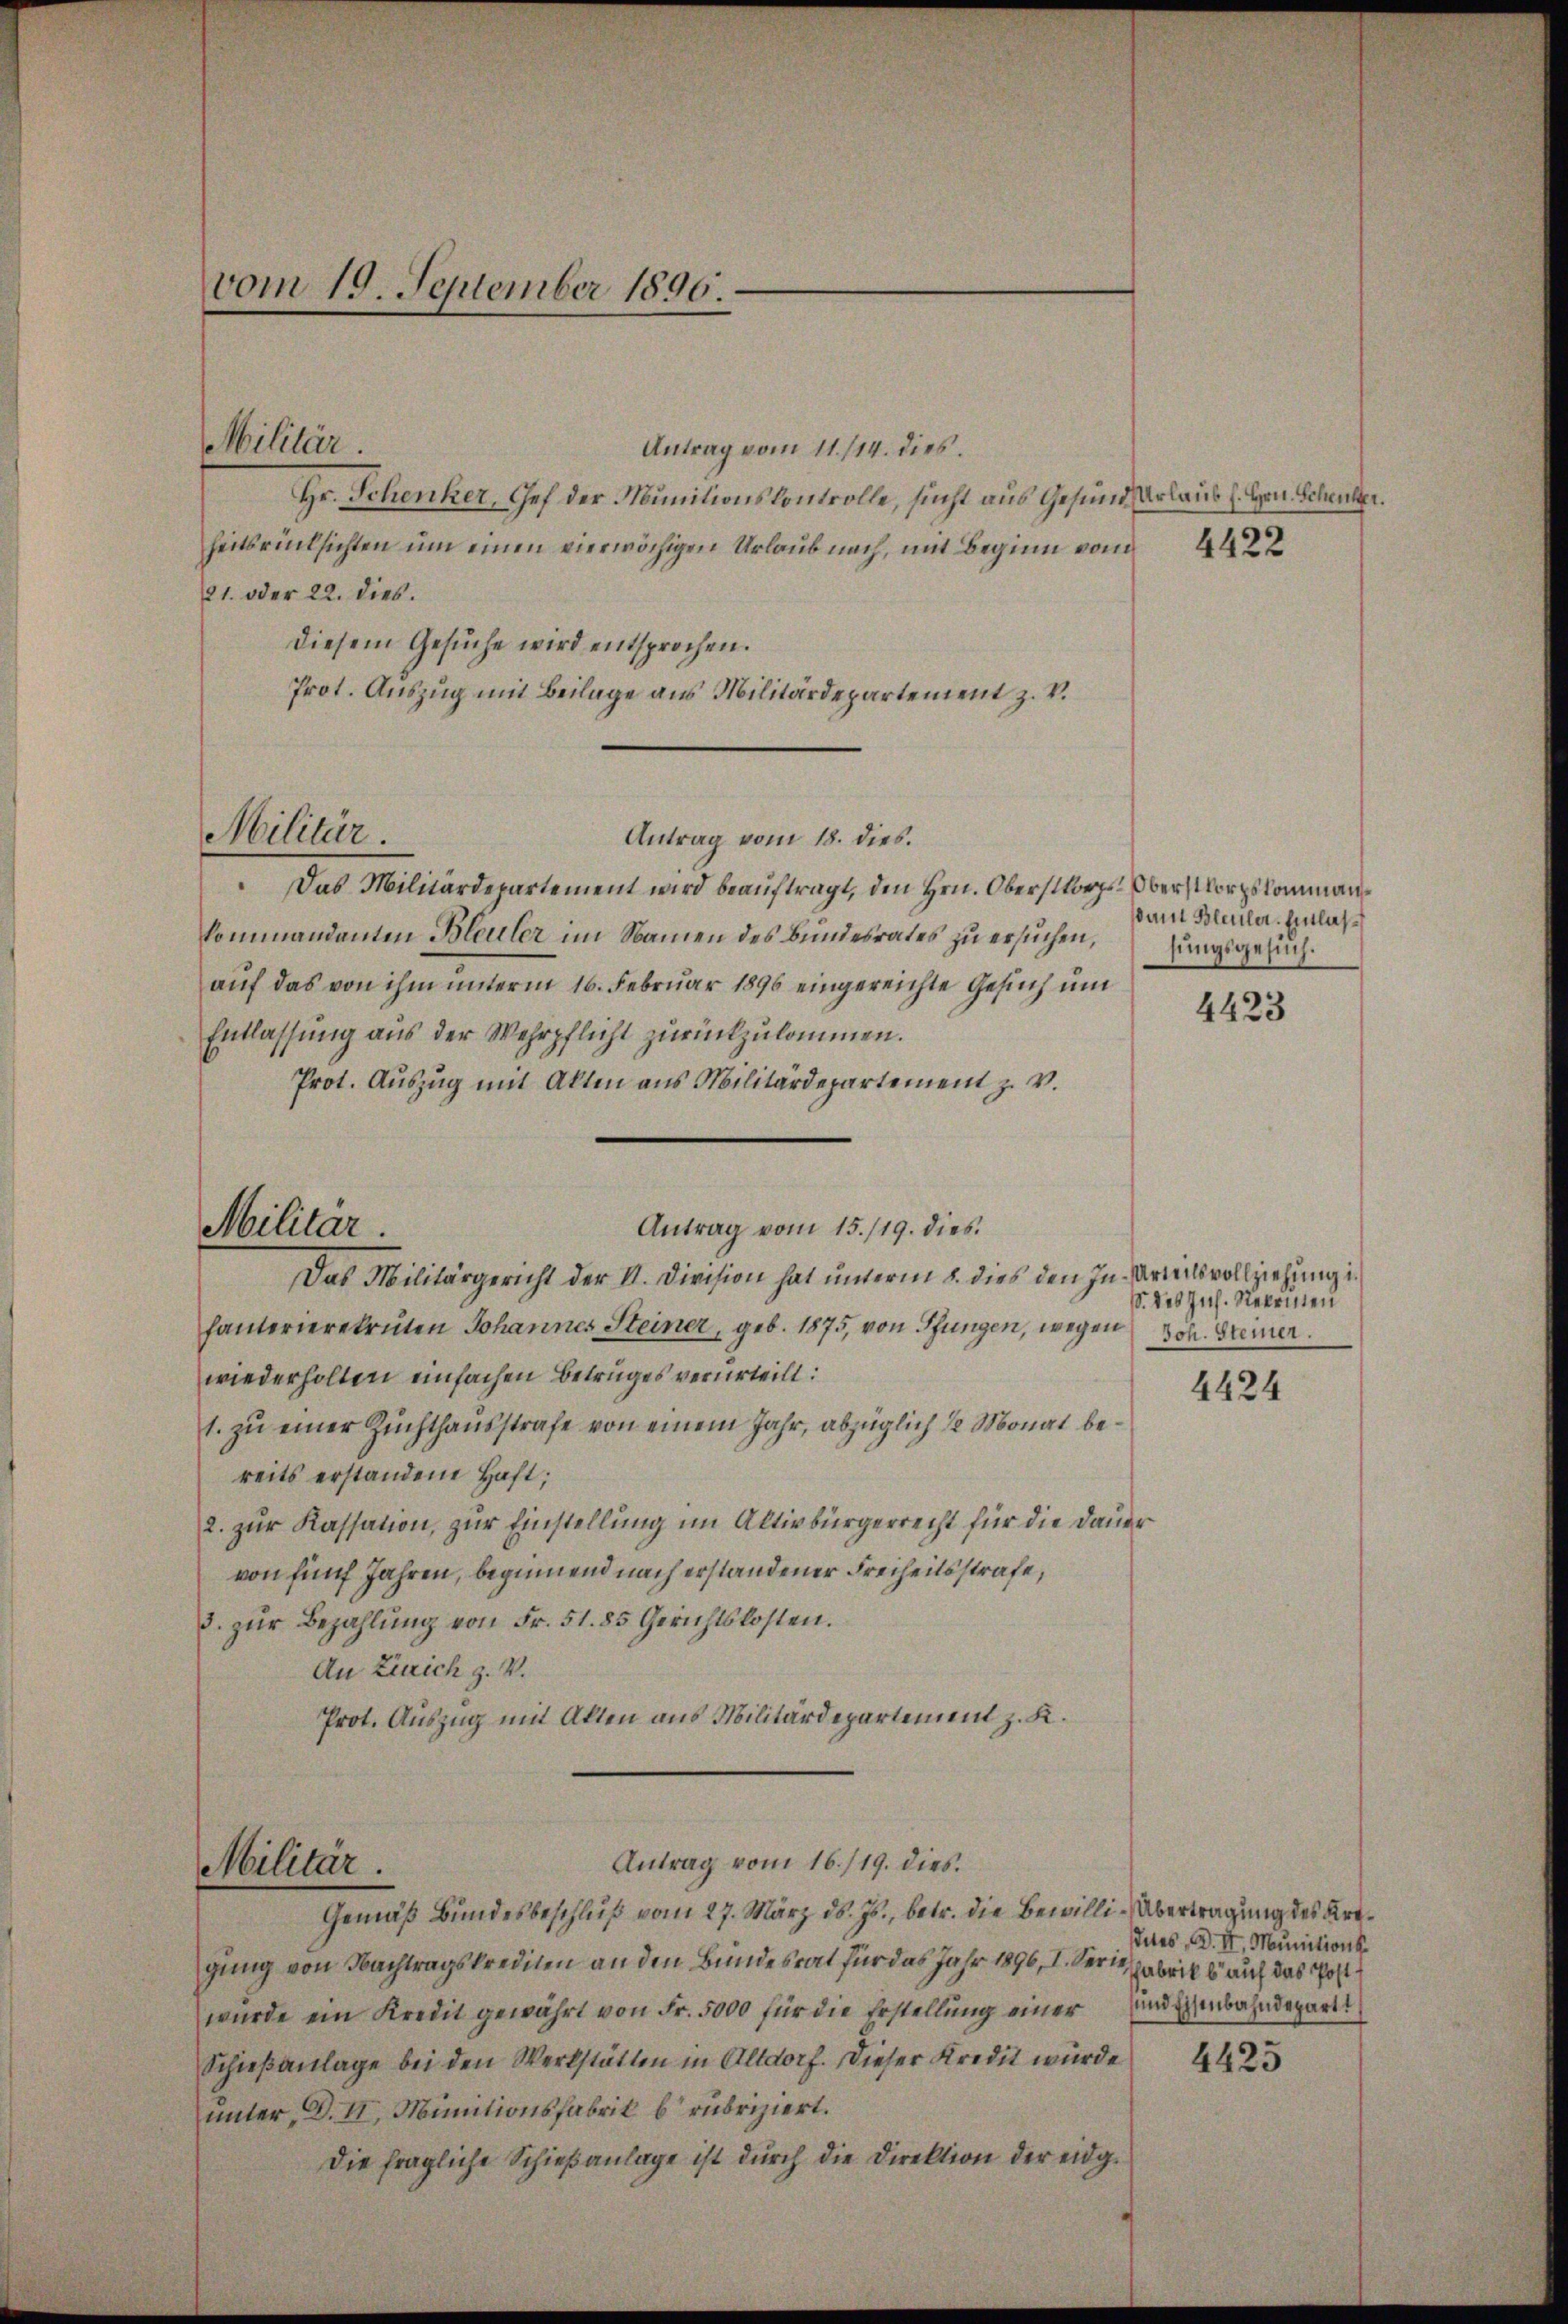
vom 19. September 1890.

Militär.

Antrag vom 11. 114. dies
Hr. Schenker, Chef der Munitionskontrolle, sucht aus Gesund Urlaub (. Hrn. Schenker.
heitsrücksichten um einen vierwöchigen Urlaub nach, mit Beginn vom
21. oder 22. dies.
diesem Gesŭche wird entsprochen.
Prot. Auszug mit Beilage aus Militärdepartement z. V.
Antrag vom 18. dies.
Das Militärdepartement wird beauftragt, den Hrn. Oberstors Oberstorpskommankommandanten Bleuler im Namen des Bundesrates zu ersuchen,
auf das von ihm unterm 16. Februar 1896 eingereichte Gesuch und
Entlassung aus der Wehrpflicht zurückzukommen.
Prot. Aŭszŭg mit Akten aus Militärdepartement z. v.
Antrag vom 15./19. dies
Das Militärgericht der II. Division hat unterm 8. dies den In- Urteilsvollziehung in
hanterierekruten Johannes Steiner, geb. 1875, von Pfungen, wegen
wiederholten einfachen Betruges verurteilt:
1. zu einer Zuchthausstrafe von einem Jahr, abzüglich 1/2 Monat bereits erstandene Haft;
2. zur Kassation, zur Einstellung im Altivbürgerrecht für die Dauer
von fünf Jahren, beginnend nach erstandener Freiheitsstrafe,
3. zŭr Bezahlŭng von Fr. 51. 85 Gerichtskosten.
An Zürich z. V.
Prot. Auszug mit Allen aus Militärdepartement z. K.
Antrag vom 16./19. dies
Militär.
Gemäß Bundesbeschluß vom 27. März ds. Js., betr. die Bewilli-Übertragung des Artgung von Nachtragskrediten an den Bundesrat für das Jahr 1896, I. Serie abrik auf das Postwurde ein Kredit gewährt von Fr. 5000 für die Erstellung einer und Eisenbahndepart
Schieβanlage bei den Werkstätten in Altdorf. Dieser Kredit wurde
unter, D. II., Munitionsfabrik b rubriziert.
Die fragliche Schieβanlage ist durch die Direktion der eidg¬

Militär.

Militar.

pant Bleuler. Entlas
sungsgesuch.

4423

. des Juch. Nekeinen
Joh. Steiner.

4424

dites d. II, Munitions

4425